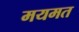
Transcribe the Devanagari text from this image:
मयमत